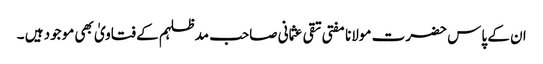
ان کے پاس حضرت مولانا مفتی تقی عثمانی صاحب مدظلہم کے فتاویٰ بھی موجود ہیں ۔